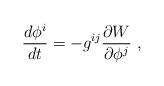
LaTeX: \begin{align*}\frac{d\phi ^i}{dt}= -g^{ij} \frac{\partial W}{\partial\phi ^j}\ ,\end{align*}